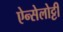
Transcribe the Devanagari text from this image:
ऐन्सेलोट्टी